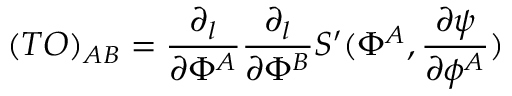
( T { \sl O } ) _ { A B } = { \frac { \partial _ { l } } { \partial \Phi ^ { A } } } { \frac { \partial _ { l } } { \partial \Phi ^ { B } } } S ^ { \prime } ( \Phi ^ { A } , { \frac { \partial \psi } { \partial \phi ^ { A } } } )